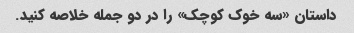
داستان «سه خوک کوچک» را در دو جمله خلاصه کنید.